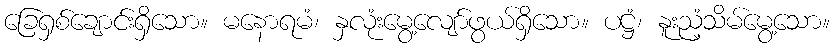
ခြေရှစ်ချောင်းရှိသော။ မနောရမံ၊ နှလုံးမွေ့လျော်ဖွယ်ရှိသော။ ပဋ္ဌံ၊ နူးညံ့သိမ်မွေ့သော။